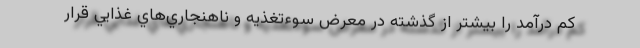
كم درآمد را بيشتر از گذشته در معرض سوءتغذيه و ناهنجاري‌هاي غذايي قرار